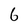
Character: 6